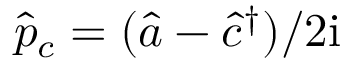
\hat { p } _ { c } = ( \hat { a } - \hat { c } ^ { \dagger } ) / 2 \mathrm { i }